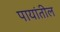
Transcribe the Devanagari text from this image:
पायांतील